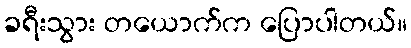
ခရီးသွား တယောက်က ပြောပါတယ်။